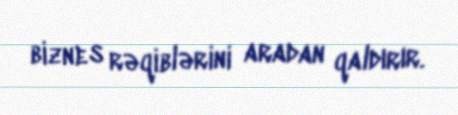
biznes rəqiblərini aradan qaldırır.